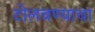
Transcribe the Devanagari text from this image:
टोलवण्याचा